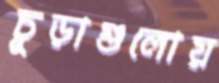
চূড়াগুলোয়